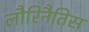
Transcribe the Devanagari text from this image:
लौरिनैतिस